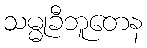
သမ္မုခီဘူတေန